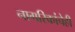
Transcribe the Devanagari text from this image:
नागरिकांचेही